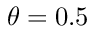
\theta = 0 . 5